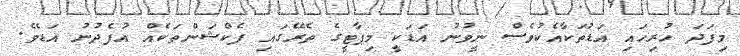
މިފަދަ ހުރިހައި އަޑުތަކާއެކުވެސް ނީވުނު އަޑަކީ މިޕާޓީގެ ތެރޭގައި ފެކްޝަންތަކެއް އުފެދުނު އަޑެވެ.